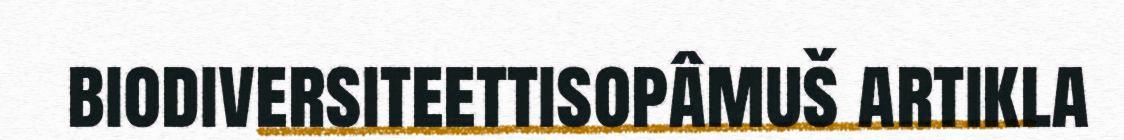
biodiversiteettisopâmuš artikla